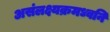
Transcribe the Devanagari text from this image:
असंलक्ष्यक्रमध्वनि